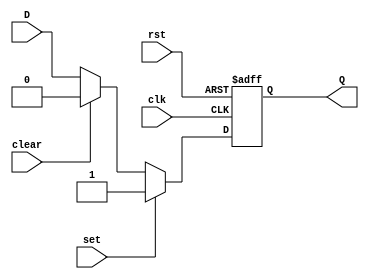
module d_flipflop (
    input wire clk,
    input wire rst,
    input wire set,
    input wire clear,
    input wire D,
    output reg Q
);

always @(posedge clk or posedge rst) begin
    if (rst) begin
        Q <= 1'b0;
    end else begin
        if (set) begin
            Q <= 1'b1;
        end else if (clear) begin
            Q <= 1'b0;
        end else begin
            Q <= D;
        end
    end
end

endmodule